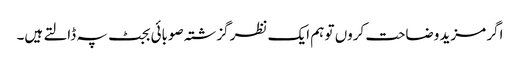
اگر مزید وضاحت کروں تو ہم ایک نظر گزشتہ صوبائی بجٹ پہ ڈالتے ہیں۔